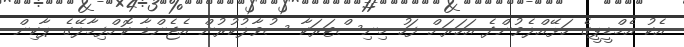
އެކު އެމްޑީޕީގެ ހަޅޭއްލެވުންދެ އަހަރަށް ފަހު މިނިސްޓަރަކާ ސުވާލުކުރުން އެޖެންޑާ ކޮށްފިމާލޭގެ ޕާކިން